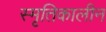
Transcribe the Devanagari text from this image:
स्मृतिकालीन